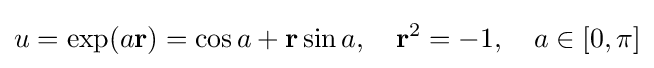
u=\exp(a\mathbf {r} )=\cos a+\mathbf {r} \sin a,\quad \mathbf {r} ^{2}=-1,\quad a\in [0,\pi ]